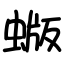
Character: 蝂